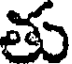
తు